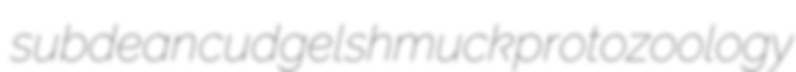
subdean cudgel shmuck protozoology